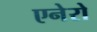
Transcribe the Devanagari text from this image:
एनेरो